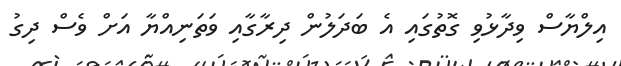
އިލްޔާސް ވިދާޅުވި ގޮތުގައި އެ ބަދަލުން ދިރާގާއި ވަތަނިއްޔާ އަށް ވެސް ދިގު